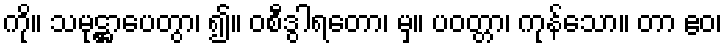
ကို။ သမုဋ္ဌာပေတွာ၊ ၍။ ဝစီဒွါရတော၊ မှ။ ပဝတ္တာ၊ ကုန်သော။ တာ ဧဝ၊